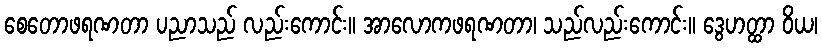
စေတောဖရဏတာ ပညာသည် လည်းကောင်း။ အာလောကဖရဏတာ၊ သည်လည်းကောင်း။ ဒွေဟတ္ထာ ဝိယ၊